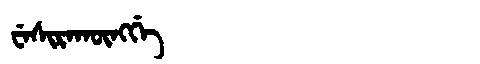
Manchu: ᠸᡝᠰᡳᡵᠠᡴᡡᠩᡤᡝ
Romanization: WESIRAKŪNGGE